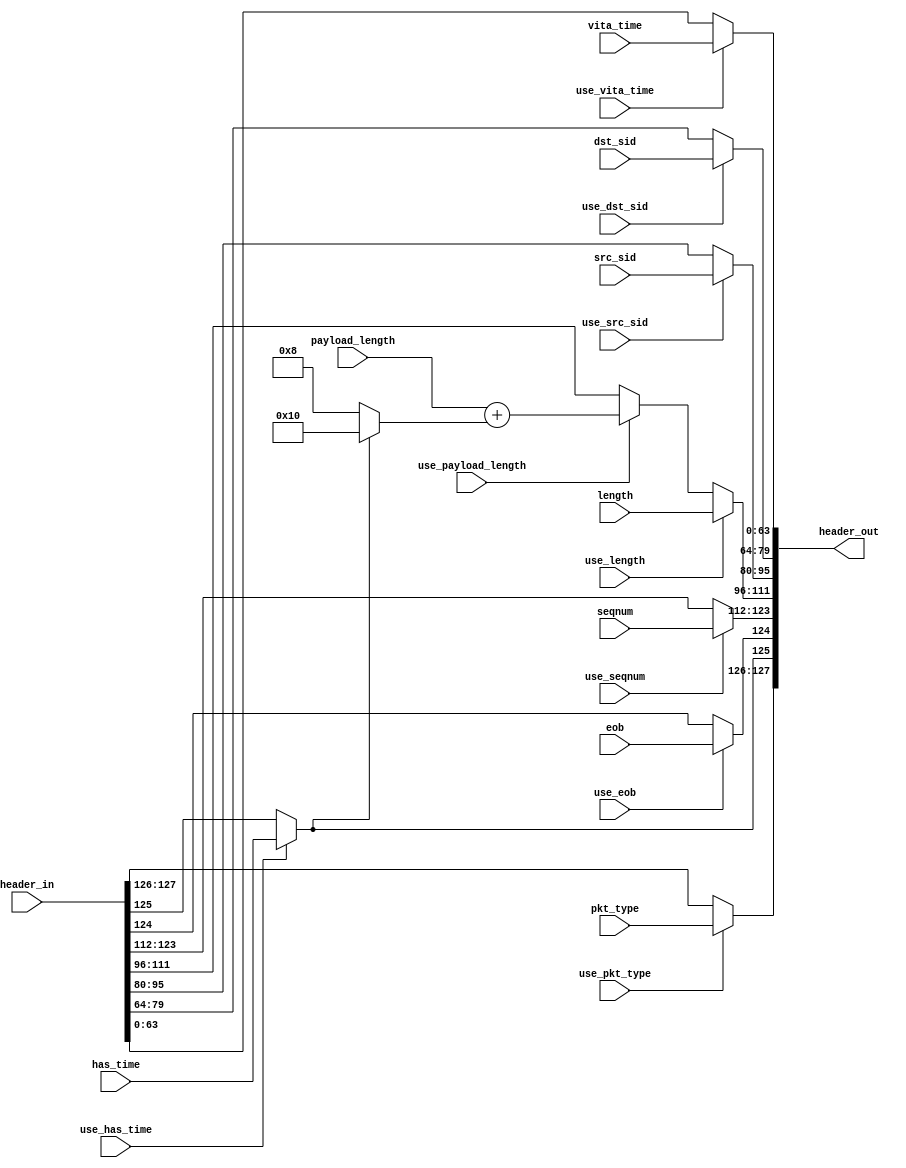
//
// Copyright 2016 Ettus Research
// Copyright 2018 Ettus Research, a National Instruments Company
//
// SPDX-License-Identifier: LGPL-3.0-or-later
//
// Modifies CVITA packet header fields

module cvita_hdr_modify (
  input  [127:0] header_in,
  output [127:0] header_out,
  input use_pkt_type,       input [1:0] pkt_type,
  input use_has_time,       input has_time,
  input use_eob,            input eob,
  input use_seqnum,         input [11:0] seqnum,
  input use_length,         input [15:0] length,
  input use_payload_length, input [15:0] payload_length,
  input use_src_sid,        input [15:0] src_sid,
  input use_dst_sid,        input [15:0] dst_sid,
  input use_vita_time,      input [63:0] vita_time
);

  wire [15:0] length_adj = payload_length + (header_out[125] /* Has time */ ? 16'd16 : 16'd8);

  assign header_out = {
    (use_pkt_type       == 1'b1) ? pkt_type   : header_in[127:126],
    (use_has_time       == 1'b1) ? has_time   : header_in[125],
    (use_eob            == 1'b1) ? eob        : header_in[124],
    (use_seqnum         == 1'b1) ? seqnum     : header_in[123:112],
    (use_length         == 1'b1) ? length     :
    (use_payload_length == 1'b1) ? length_adj : header_in[111:96],
    (use_src_sid        == 1'b1) ? src_sid    : header_in[95:80],
    (use_dst_sid        == 1'b1) ? dst_sid    : header_in[79:64],
    (use_vita_time      == 1'b1) ? vita_time  : header_in[63:0]};

endmodule